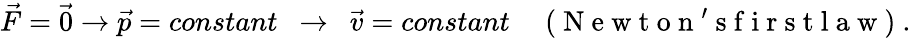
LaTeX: \vec{F}=\vec{0}\rightarrow\vec{p}=constant\enspace\rightarrow\enspace\vec{v}=constant\enspace\enspace\mathrm{~(~N~e~w~t~o~n~'~s~f~i~r~s~t~l~a~w~)~}.